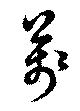
万